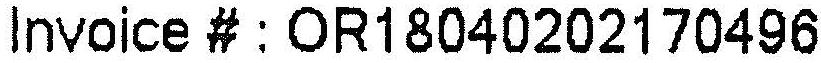
INVOICE # : OR18040202170496